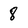
Character: 8